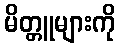
မိတ္တူများကို